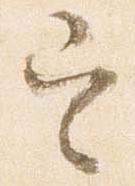
定